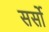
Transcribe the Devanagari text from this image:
सर्सो